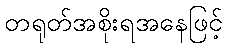
တရုတ်အစိုးရအနေဖြင့်